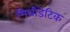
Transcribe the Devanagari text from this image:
मिथ्रीडेटिक